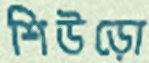
শিউড়ো